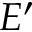
E ^ { \prime }